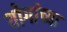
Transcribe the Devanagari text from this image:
योगांच्या